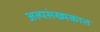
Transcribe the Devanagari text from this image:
अल्पसंख्यकात